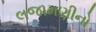
લજામણીનો